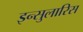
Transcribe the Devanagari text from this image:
इन्सुलारिस